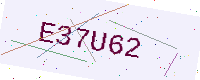
Text: E37U62